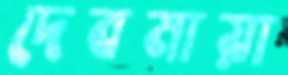
দেবমায়া